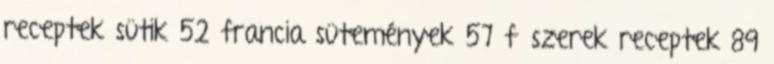
receptek sütik 52 francia sütemények 57 fűszerek receptek 89